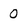
Character: 0